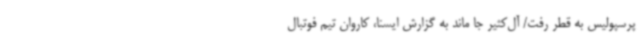
پرسپولیس به قطر رفت/ آل‌کثیر جا ماند به گزارش ایسنا، کاروان تیم فوتبال